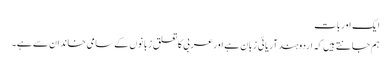
ایک اوربات
ہم جانتے ہیں کہ اردوہندآریائی زبان ہے اورعربی کاتعلق زبانوں کے سامی خاندان سے ہے۔